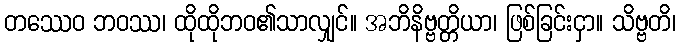
တဿေဝ ဘဝဿ၊ ထိုထိုဘဝ၏သာလျှင်။ အဘိနိဗ္ဗတ္တိယာ၊ ဖြစ်ခြင်းငှာ။ သိဗ္ဗတိ၊